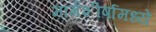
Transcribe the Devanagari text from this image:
मार्गशीर्षामध्ये